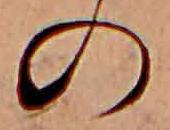
の